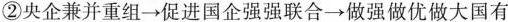
②央企兼并重组→促进国企强强联合→做强做优做大国有